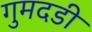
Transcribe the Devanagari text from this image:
गुमदडी